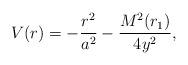
LaTeX: \begin{align*}V(r) = - \frac{r^2}{a^2} - \frac{M^2(r_1)}{4 y^2},\end{align*}